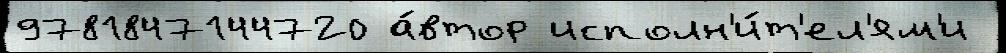
9781847144720 а́втор исполн'и́т'ел'ям'и